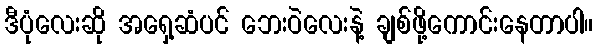
ဒီပုံလေးဆို အရှေ့ဆံပင် ဘေးဝဲလေးနဲ့ ချစ်ဖို့ကောင်းနေတာပါ။